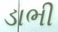
ડાભી